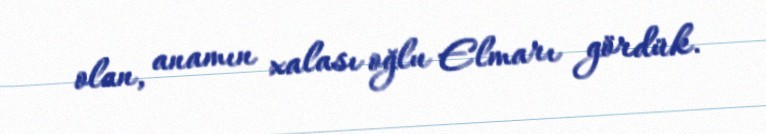
olan, anamın xalası oğlu Elmarı gördük.